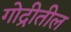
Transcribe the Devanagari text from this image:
गोद्रीतील